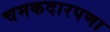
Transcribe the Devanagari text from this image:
चमकदारपणा